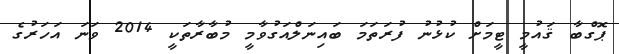
ޕޮގްބާ ޤައުމީ ޓީމަށް ކުޅުނު ފުރަތަމަ ބައިނަލްއަގުވާމީ މުބާރާތަކީ 2014 ވަނަ އަހަރުގެ